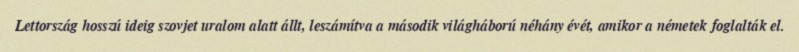
Lettország hosszú ideig szovjet uralom alatt állt, leszámítva a második világháború néhány évét, amikor a németek foglalták el.